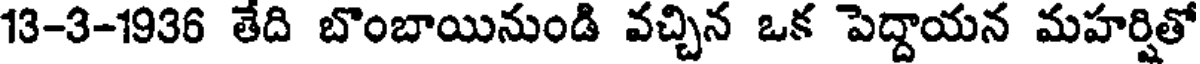
13-3-1936 తేది బొంబాయినుండి వచ్చిన ఒక పెద్దాయన మహర్షితో